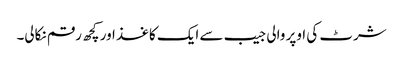
شرٹ کی اوپر والی جیب سے ایک کاغذ اور کچھ رقم نکالی۔